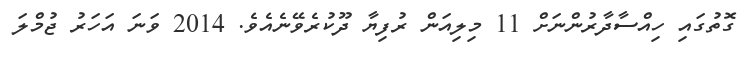
ގޮތުގައި ހިއްސާދާރުންނަށް 11 މިލިއަން ރުފިޔާ ދޫކުރެވޭނެއެވެ. 2014 ވަނަ އަހަރު ޖުމްލަ